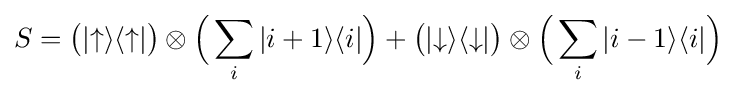
S={\bigl (}|{\uparrow }\rangle \langle {\uparrow }|{\bigr )}\otimes {\Bigl (}\sum \limits _{i}|{i+1}\rangle \langle {i}|{\Bigr )}+{\bigl (}|{\downarrow }\rangle \langle {\downarrow }|{\bigr )}\otimes {\Bigl (}\sum \limits _{i}|{i-1}\rangle \langle {i}|{\Bigr )}